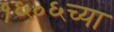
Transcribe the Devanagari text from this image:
१६०६च्या